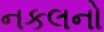
નકલનો